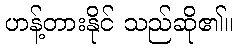
ဟန့်တားနိုင် သည်ဆို၏။